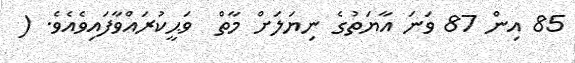
85 އިން 87 ވަނަ އާޔަތުގެ ނިޔަލަށް މާތް  ވަޙީކުރައްވާފައިވެއެވެ. (